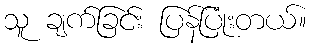
သူ ချက်ခြင်း ပြန်ပြုံးတယ်။